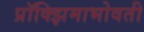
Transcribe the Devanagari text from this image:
प्रॉक्झिमाभोवती